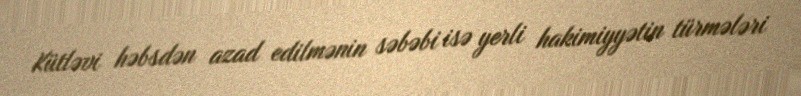
Kütləvi həbsdən azad edilmənin səbəbi isə yerli hakimiyyətin türmələri